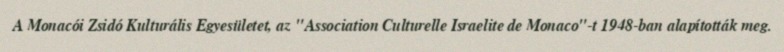
A Monacói Zsidó Kulturális Egyesületet, az "Association Culturelle Israelite de Monaco"-t 1948-ban alapították meg.